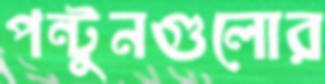
পন্টুনগুলোর